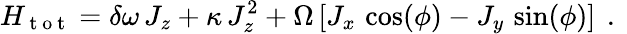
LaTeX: H_{\mathrm{~t~o~t~}}=\delta\omega\, J_{z}+\kappa\, J_{z}^{2}+\Omega\, [J_{x}\, \cos(\phi)-J_{y}\, \sin(\phi)]\, \mathrm{~.~}